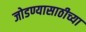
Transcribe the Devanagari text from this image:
जोडण्यासाठीच्या